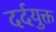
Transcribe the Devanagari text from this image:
दर्दयुक्त